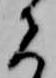
者